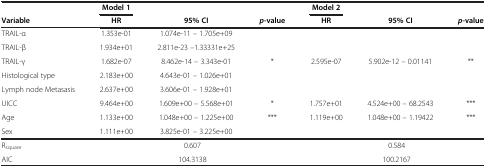
<table><thead><tr><td><b> </b></td><td><b>Model 1</b></td><td><b> </b></td><td><b> </b></td><td><b>Model 2</b></td><td><b> </b></td><td><b> </b></td></tr><tr><td><b>Variable</b></td><td><b>HR</b></td><td><b>95% CI</b></td><td><b><i>p</i>-value</b></td><td><b>HR</b></td><td><b>95% CI</b></td><td><b><i>p</i>-value</b></td></tr></thead><tbody><tr><td>TRAIL-α</td><td>1.353e-01</td><td>1.074e-11 – 1.705e+09</td><td> </td><td> </td><td> </td><td> </td></tr><tr><td>TRAIL-β</td><td>1.934e+01</td><td>2.811e-23 –1.33331e+25</td><td> </td><td> </td><td> </td><td> </td></tr><tr><td>TRAIL-γ</td><td>1.682e-07</td><td>8.462e-14 – 3.343e-01</td><td>*</td><td>2.595e-07</td><td>5.902e-12 – 0.01141</td><td>**</td></tr><tr><td>Histological type</td><td>2.183e+00</td><td>4.643e-01 – 1.026e+01</td><td> </td><td> </td><td> </td><td> </td></tr><tr><td>Lymph node Metasasis</td><td>2.637e+00</td><td>3.606e-01 – 1.928e+01</td><td> </td><td> </td><td> </td><td> </td></tr><tr><td>UICC</td><td>9.464e+00</td><td>1.609e+00 – 5.568e+01</td><td>*</td><td>1.757e+01</td><td>4.524e+00 – 68.2543</td><td>***</td></tr><tr><td>Age</td><td>1.133e+00</td><td>1.048e+00 – 1.225e+00</td><td>***</td><td>1.119e+00</td><td>1.048e+00 – 1.19422</td><td>***</td></tr><tr><td>Sex</td><td>1.111e+00</td><td>3.825e-01 – 3.225e+00</td><td> </td><td> </td><td> </td><td> </td></tr><tr><td>R<sub>square</sub></td><td> </td><td>0.607</td><td> </td><td> </td><td>0.584</td><td> </td></tr><tr><td>AIC</td><td> </td><td>104.3138</td><td> </td><td> </td><td>100.2167</td><td> </td></tr></tbody></table>